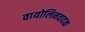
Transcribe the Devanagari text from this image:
वायोलिनवादक